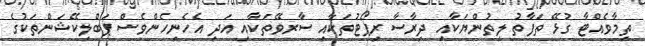
ތިމާވެއްޓާ ގުޅޭ ތަފާތު ލިތުންޔަކާއި ދިރާސާ ރިޕޯޓުތަކާއި ސާރވޭތަކާއި އަދި އެހެނިހެންވެސް ޕަބްލިކޭޝަންތަކުގެ